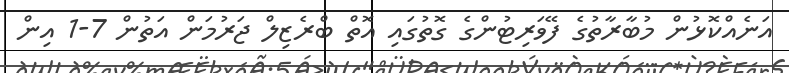
އަނެއްކޮޅުން މުބާރާތުގެ ފޭވަރިޓުންގެ ގޮތުގައި އޮތް ބްރެޒިލް ޖަރުމަން އަތުން 7-1 އިން